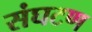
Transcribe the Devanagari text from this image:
संघटण